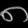
Digit: ၈